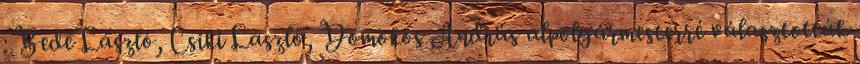
: Bede László, Csiki László, Domokos András alpolgármesterré választották